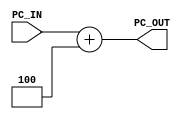
`timescale 1ns / 1ps

module PCADD(
    input [31:0] PC_IN,
    output [31:0] PC_OUT
    );

    assign PC_OUT = PC_IN+4;


endmodule